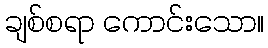
ချစ်စရာ ကောင်းသော။